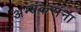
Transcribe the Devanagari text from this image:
अभ्यंकरांना